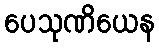
ပေသုဏိယေန